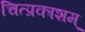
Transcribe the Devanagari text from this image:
चित्प्रकाशम्‌